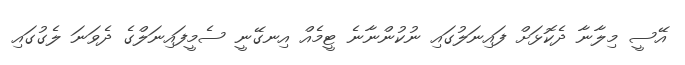
އޭސީ މިލާނާ ދެކޮޅަށް ފައިނަލުގައި ނުކުންނާނެ ޓީމެއް އިނގޭނީ ސެމީފައިނަލްގެ ދެވަނަ ލެގުގައި